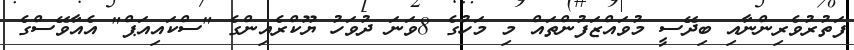
ފަތުރުވެރިންނާއި ބިދޭސީ މުވައްޒަފުންތައް މި މަހުގެ 8ވަނަ ދުވަހު ޔޫކްރެއިންގެ "ސްކައިއަޕް" އެއާވޭސްގެ